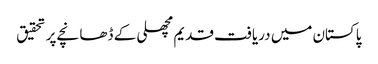
پاکستان میں دریافت قدیم مچھلی کے ڈھانچے پر تحقیق